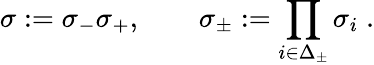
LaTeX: \sigma:=\sigma_{-}\sigma_{+},\quad\quad\sigma_{\pm}:=\prod_{i\in\Delta_{\pm}}\sigma_{i}\; .